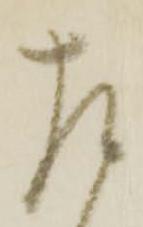
左